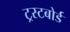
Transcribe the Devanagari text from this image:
ट्रस्टबोर्ड